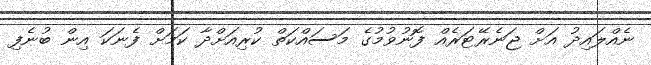
ނެއްލައިދު އަށް ޖަނެރޭޓަރެއް ފޮނުވުމުގެ މަސައްކަތް ކުރިއަށްދާ ކަމަށް ފެނަކަ އިން ބުނެފި